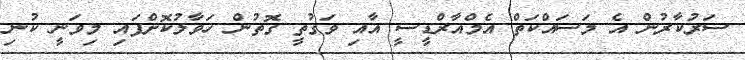
ސަރުކާރުން އެ މަސައްކަތް އެމްއާރްޑީސީ އާއި ވަގުތީ ގޮތުން ހަވާލުކޮށްފައި މިވަނީ ކުނި